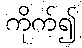
ကိုက်၍